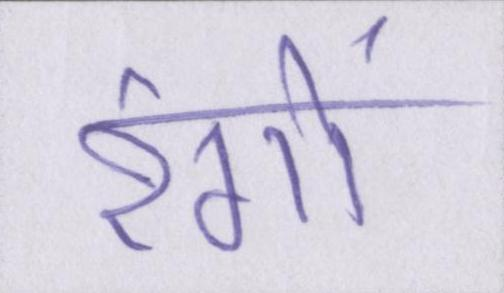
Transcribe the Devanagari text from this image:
रंगों